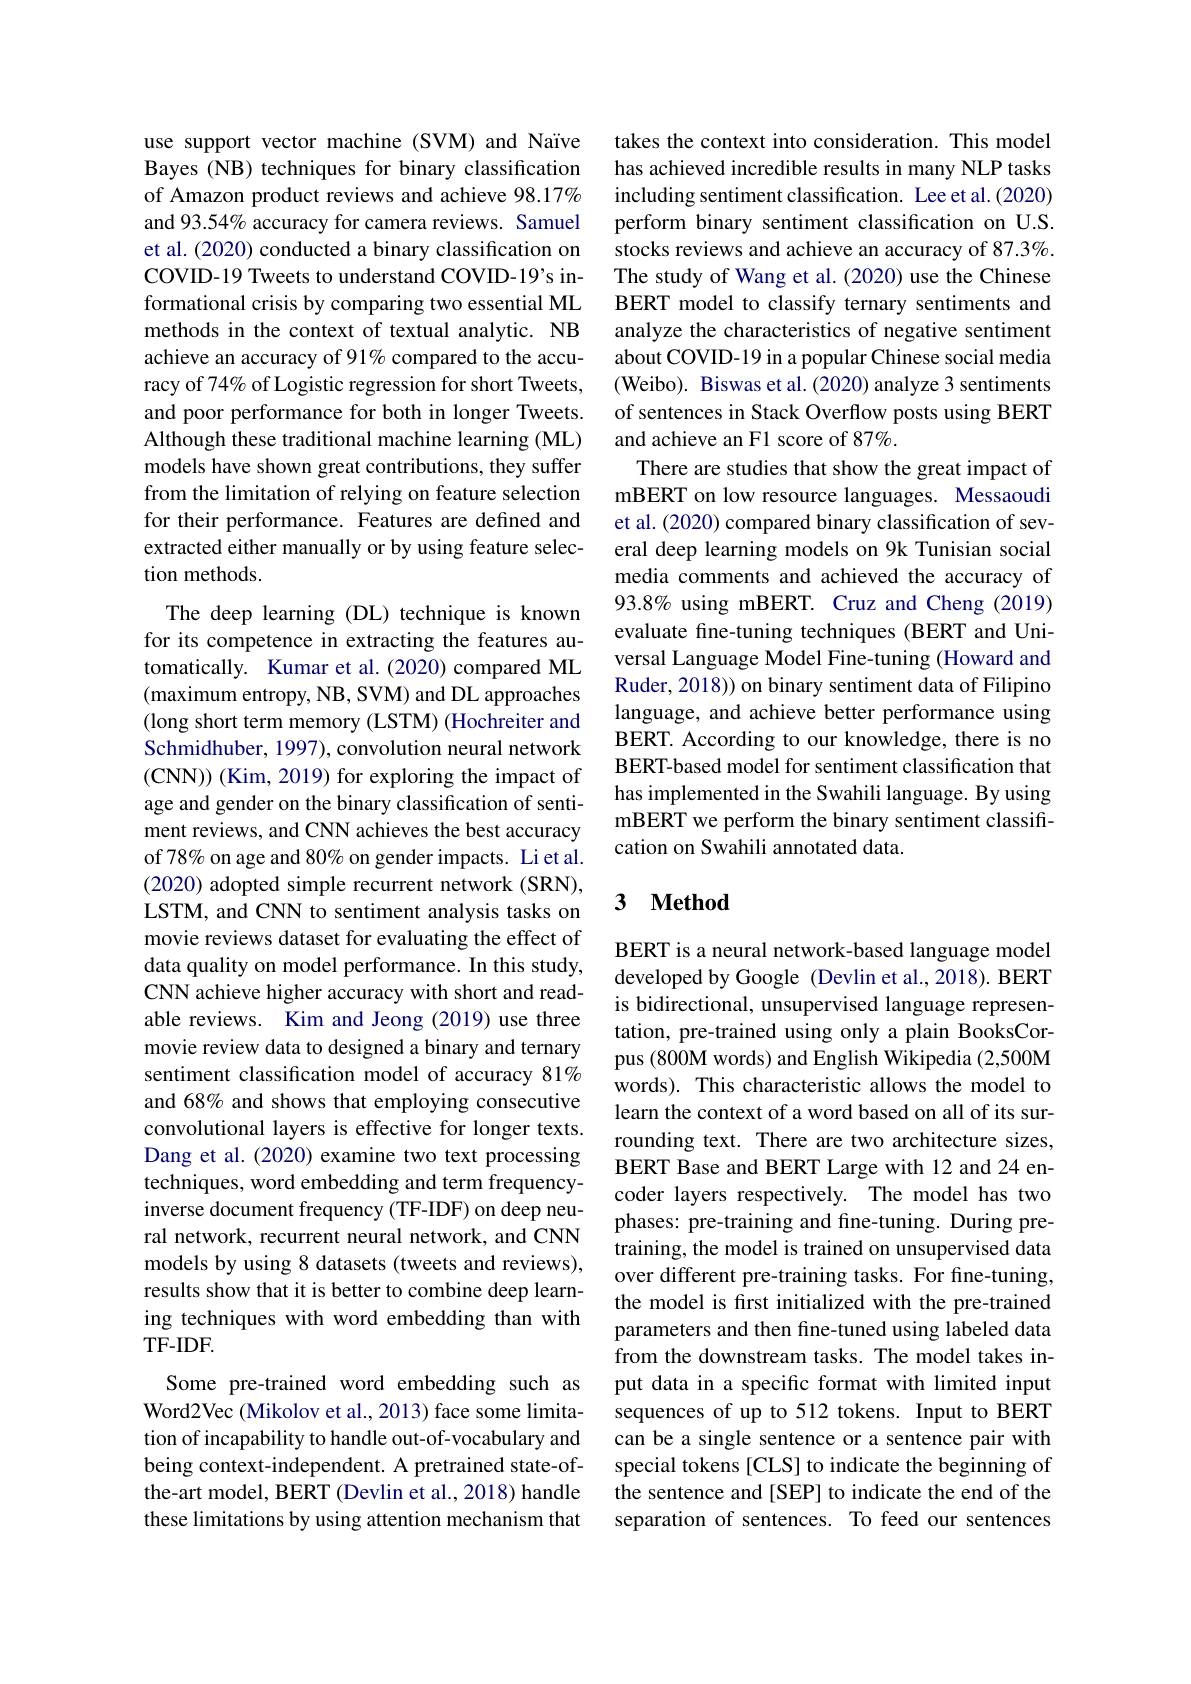
use support vector machine (SVM) and Naïve Bayes (NB) techniques for binary classification of Amazon product reviews and achieve 98.17% and 93.54% accuracy for camera reviews. Samuel et al. (2020) conducted a binary classification on COVID-19 Tweets to understand COVID-19's informational crisis by comparing two essential ML methods in the context of textual analytic. NB achieve an accuracy of 91% compared to the accuracy of 74% of Logistic regression for short Tweets, and poor performance for both in longer Tweets. Although these traditional machine learning (ML) models have shown great contributions, they suffer from the limitation of relying on feature selection for their performance. Features are defined and extracted either manually or by using feature selection methods.
The deep learning (DL) technique is known for its competence in extracting the features automatically. Kumar et al.(2020) compared ML (maximum entropy, NB, SVM) and DL approaches (long short term memory (LSTM) (Hochreiter and Schmidhuber, 1997), convolution neural network (CNN) ) (Kim, 2019) for exploring the impact of age and gender on the binary classification of sentiment reviews, and CNN achieves the best accuracy of 78% on age and 80% on gender impacts. Li et al. (2020) adopted simple recurrent network (SRN), LSTM, and CNN to sentiment analysis tasks on movie reviews dataset for evaluating the effect of data quality on model performance. In this study, CNN achieve higher accuracy with short and readable reviews. Kim and Jeong (2019) use three movie review data to designed a binary and ternary sentiment classification model of accuracy 81% and 68% and shows that employing consecutive convolutional layers is effective for longer texts. Dang et al. (2020) examine two text processing techniques, word embedding and term frequencyinverse document frequency (TF-IDF) on deep neural network, recurrent neural network, and CNN models by using 8 datasets (tweets and reviews), results show that it is better to combine deep learning techniques with word embedding than with $TF-IDF.$
Some pre-trained word embedding such as Word2Vec (Mikolov et al., 2013) face some limitation of incapability to handle out-of-vocabulary and being context-independent. A pretrained state-ofthe-art model, BERT (Devlin et al., 2018) handle these limitations by using attention mechanism that

takes the context into consideration. This model has achieved incredible results in many NLP tasks including sentiment classification. Lee et al.(2020) perform binary sentiment classification on U.S. stocks reviews and achieve an accuracy of 87.3%. The study of Wang et al. (2020) use the Chinese BERT model to classify ternary sentiments and analyze the characteristics of negative sentiment about COVID-19 in a popular Chinese social media (Weibo). Biswas et al.(2020) analyze 3 sentiments of sentences in Stack Overflow posts using BERT and achieve an F1 score of 87%.
There are studies that show the great impact of mBERT on low resource languages. Messaoudi et al. (2020) compared binary classification of several deep learning models on 9k Tunisian social media comments and achieved the accuracy of 93.8% using mBERT. Cruz and Cheng (2019) evaluate fine-tuning techniques (BERT and Universal Language Model Fine-tuning (Howard and Ruder, 2018)) on binary sentiment data of Filipino language, and achieve better performance using BERT. According to our knowledge, there is no BERT-based model for sentiment classification that has implemented in the Swahili language. By using mBERT we perform the binary sentiment classification on Swahili annotated data.

### 3 $\textbf{Method}$

BERT is a neural network-based language model developed by Google (Devlin et al., 2018). BERT is bidirectional, unsupervised language representation, pre-trained using only a plain BooksCorpus (800M words) and English Wikipedia (2,500M words). This characteristic allows the model to learn the context of a word based on all of its surrounding text. There are two architecture sizes, BERT Base and BERT Large with 12 and 24 encoder layers respectively. The model has two phases: pre-training and fine-tuning. During pretraining, the model is trained on unsupervised data over different pre-training tasks. For fine-tuning, the model is frst initialized with the pre-trained parameters and then fine-tuned using labeled data from the downstream tasks. The model takes input data in a specific format with limited input sequences of up to 512 tokens. Input to BERT can be a single sentence or a sentence pair with special tokens [CLS] to indicate the beginning of the sentence and [SEP] to indicate the end of the separation of sentences. To feed our sentences